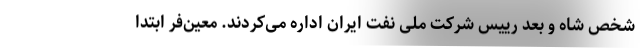
شخص شاه و بعد رییس شرکت ملی نفت ایران اداره می‌کردند. معین‌فر ابتدا